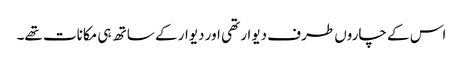
اس کے چاروں طرف دیوار تھی اور دیوار کے ساتھ ہی مکانات تھے۔